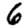
Digit: 6